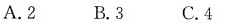
A.2 B.3 C.4